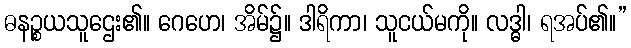
ဓနဉ္စယသူဌေး၏။ ဂေဟေ၊ အိမ်၌။ ဒါရိကာ၊ သူငယ်မကို။ လဒ္ဓါ၊ ရအပ်၏။”